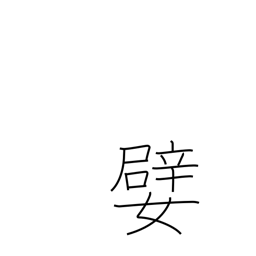
Meaning: agreeable person